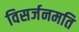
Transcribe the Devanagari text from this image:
विसर्जनमति